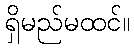
ရှိမည်မထင်။